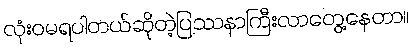
လုံးဝမရပါတယ်ဆိုတဲ့ပြဿနာကြီးလာတွေ့နေတာ။